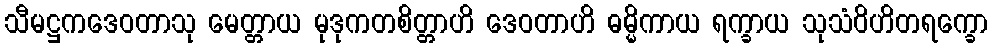
သီမဋ္ဌကဒေဝတာသု မေတ္တာယ မုဒုကတစိတ္တာဟိ ဒေဝတာဟိ ဓမ္မိကာယ ရက္ခာယ သုသံဝိဟိတရက္ခော